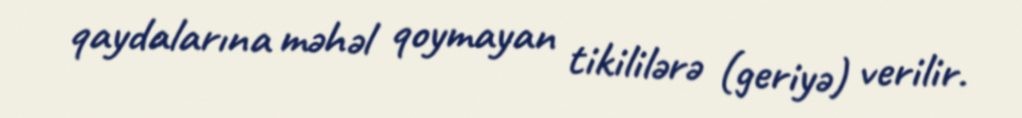
qaydalarına məhəl qoymayan tikililərə (geriyə) verilir.